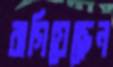
রাগিয়েছেন